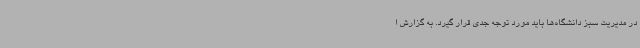
در مدیریت سبز دانشگاه‌ها باید مورد توجه جدی قرار گیرد. به گزارش ا